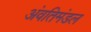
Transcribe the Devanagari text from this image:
अंवतिमंडल